Vital statistics of India. Vol. IV, Annual returns from 1871 to 1876. British Army of India, Native Army and jails of Bengal
Year: 1871
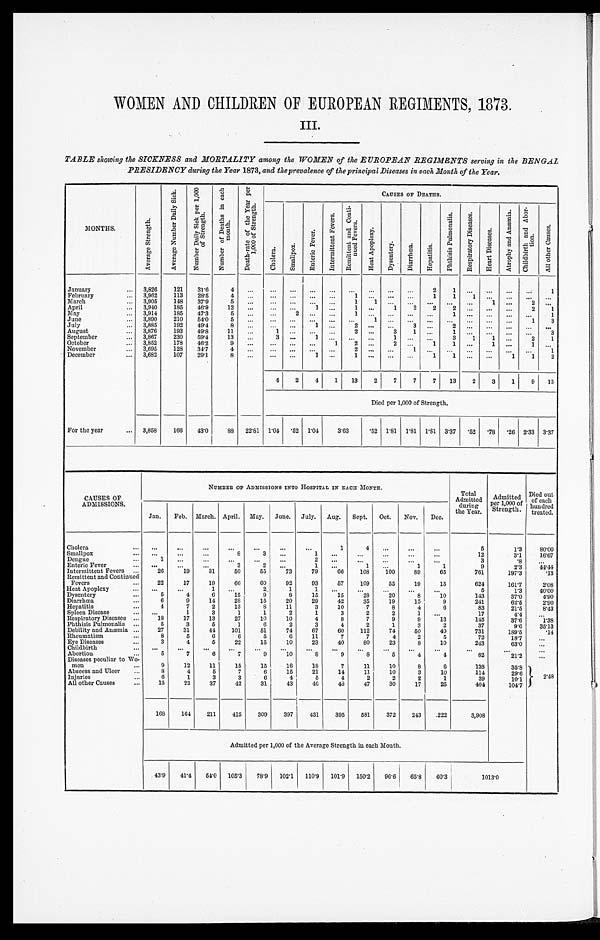
WOMEN AND CHILDREN OF EUROPEAN REGIMENTS, 1873.
III.
TABLE showing the SICKNESS and MORTALITY among the WOMEN of the EUROPEAN REGIMENTS serving in the BENGAL
PRESIDENCY during the Year 1873, and the prevalence of the principal Diseases in each Month of the Year.
MONTHS.
A v e r a g e S t r e n g t h .
A v e r a g e N u m b e r D a i l y S i c k .
N u m b e r D a i l y S i c k p e r 1 , 0 0 0 o f S t r e n g t h .
N u m b e r o f D e a t h s i n e a c h m o n t h .
D e a t h - r a t e o f t h e Y e a t p e r 1 , 0 0 0 o f S t r e n g t h .
CAUSES OF DEATHS.
C h o l e r a .
S m a l l p o x .
E n t e r i c F e v e r s .
I n t e r m i t t e n t F e v e r s .
R e m i t t e n t a n d C o n t i - n u e d F e v e r s .
H e a t A p o p l e x y .
Dys ent er y.
D i a r r h œ a .
H e p a t i t i s .
P h t h i s i s P u l m o n a l i s .
R e s p i r a t o r y D i s e a s e s .
H e a r t D i s e a s e s .
A t r o p h y a n d A n æ m i a .
C h i l d b i r t h a n d A b o r - t i o n .
A l l o t h e r C a u s e s .
January . . .
3,826
121
31.6
4
. . .
. . .
. . .
. . .
. . .
. . .
. . .
. . .
. . .
2
1
. . .
. . .
. . .
. . .
1
February . . .
3,962
113
28.5
4
. . .
. . .
. . .
. . .
. . .
1
. . .
. . . . . .
1
1
1
. . .
. . .
. . .
. . .
March . . .
3,905
148
37.9
5
. . .
. . .
. . .
. . .
. . .
1
1
. . .
. . .
. . .
. . .
. . .
1
. . .
2
. . .
April . . .
3,940
185
46.9
12
. . .
. . .
. . .
1
. . .
1
. . .
1
2
2
2
. . .
. . .
. . .
2
1
May . . .
3,914
185
47.3
5
. . .
. . .
2
. . .
. . .
1
. . .
. . .
. . .
. . .
1
. . .
. . .
. . .
. . .
1
June . . .
3,890
210
54.0
5
. . .
. . .
. . .
. . .
. . .
. . .
1
. . . . . .
. . .
. . .
. . .
. . .
. . .
1
3
July . . .
3,885
192
49.4
8
. . .
. . .
. . .
1
. . .
2
. . .
. . . 3
. . .
2
. . .
. . .
. . .
. . .
. . .
August . . .
3,876
193
49.8
11
. . .
1
. . .
. . .
. . .
2
. . .
3
1
. . .
1
. . .
. . .
. . .
. . .
3
September . . .
3,867
230
59.4
13
. . .
3
. . .
1
. . .
. . .
. . .
1
. . .
. . .
3
1
1
. . .
2
1
October . . .
3,852
178
46.2
9
. . .
. . .
. . .
. . .
1
2
. . .
2 . . .
1
1
. . .
1
. . .
1
. . .
November . . .
3,695
128
34.7
4
. . .
. . .
. . .
. . .
. . .
2
. . .
. . .
1
. . .
. . .
. . .
. . .
. . .
. . .
1
December . . .
3,682
107
29.1
8
. . .
. . .
. . .
1
. . .
1
. . .
. . .. . .
1
1
. . .
. . .
1
1
2
4
2
4
1
13
2
7
7
7
13
2
3
1
9
13
Died per 1,000 of Strength.
For the year . . .
3,858
166
43.0
88
22.81
1.04
.52 1.04
3.63
. 5 2 1.81
1.81
1.81
3.37
.52
.78
. 26 2.33
3.37
CAUSES OF
ADMISSIONS.
NUMBER OF ADMISSIONS INTO HOSPITAL IN EACH MONTH.
Total
Admitted
during
the Year.
Admitted
per 1,000 of
Strength.
Died out
of each
hundred
treated.
Jan.
Feb.
March. April.
May.
June.
July.
Aug.
Sept.
Oct.
Nov.
Dec.
Cholera . . .
. . .
. . .
. . .
. . .
. . .
. . .
. . .
1
4
. . .
. . .
. . .
5
1.3
80.00
Smallpox . . .
. . .
. . .
. . .
8
3
. . .
1
. . .
. . .
. . .
. . .
. . .
12
3.1
16.67
Dengue . . .
1
. . .
. . .
. . .
. . .
. . .
2
. . .
. . .
. . .
. . .
. . .
3
.8
. . .
Enteric Fever . . .
. . .
. . .
. . .
3
2
. . .
1
. . .
1
. . .
1
1
9
2.3
4 4 . 4 4
Intermittent Fevers . . .
26
19
31
50
55
73
79
66
108
1 0 0
89
65
7 6 1
197.3
.13
Remittent and Continued
Fevers . . .
22
17
19
66
60
92
93
57
109
55
19
15
624
161.7
2.08
Heat Apoplexy . . .
. . .
. . .
1
. . .
2
1
1
. . .
. . .
. . .
. . .
. . .
5
1.3
40.00
Dysentery . . .
5
4
6
15
9
8
15
15
28
20
8
10
143
37.0
4.90
Diarrhœa . . .
6
9
14
28
15
20
29
42
35
19
15
9
241
62.5
2.90
Hepatitis . . .
4
7
2
13
8
11
3
10
7
8
4
6
83
21.5
8.43
Spleen Disease . . .
. . .
1
3
1
1
2
1
3
2
2
1
. . .
17
4.4
. . .
Respiratory Diseases . . .
18
17
13
27
10
10
4
8
7
9
9
13
145
37.6
1 . 3 8
Phthisis Pulmonalis . . .
5
3
5
1
6
2
3
4
2
1
3
2
37
9.6
35.13
Debility and Anæmia . . .
27
31
44
101
51
74
67
60
112
74
50
40
731
189.5
.14
Rheumatism . . .
8
5
6
6
5
6
11
7
7
4
2
5
72
18.7
. . .
Eye Diseases . . .
3
4
5
22
15
10
23
40
80
23
8
10
243
63.0
. . .
Childbirth . . .
. . .
. . .
. . .
. . .
. . .
. . .
. . .
. . .
. . .
. . .
. . .
. . .
. . .
. . .
. . .
Abortion . . .
5
7
6
7
9
10
8
9
8
5
4
4
82
2 1 . 2
. . .
Diseases peculiar to Wo-
men . . .
9
12
11
15
15
16
18
7
11
10
8
6
138
35.8
2 . 4 8
Abscess and Ulcer . . .
8
4
5
7
6
15
21
14
11
10
3
10
114
29.6
Injuries . . .
6
1
3
3
6
4
5
4
2
2
2
1
39
10.1
All other Causes . . .
15
23
37
42
31
43
46
48
47
30
17
25
404
104.7
168
164
211
415
309
397
431
395
581
372
243
222
3,908
Admitted per 1,000 of the Average Strength in each Month.
43.9
41.4
54.0
105.3
78.9
102.1
110.9
101.9
150.2
96.6
65.8
60.3
1013.0